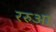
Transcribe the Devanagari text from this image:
ररुआ